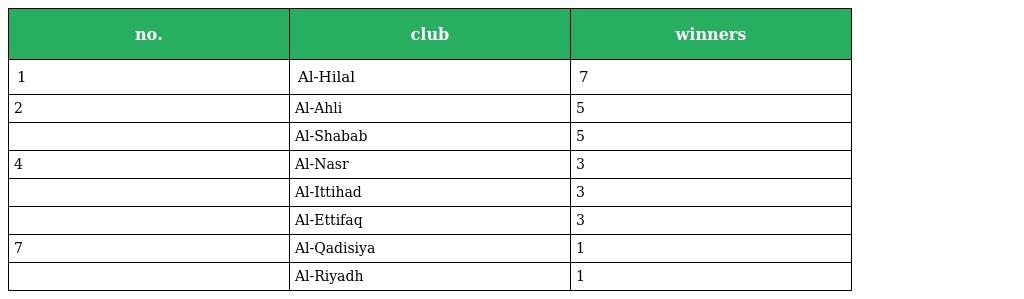
| no. | club | winners |
 | --- | --- | --- |
 | 1 | Al-Hilal | 7 |
 | 2 | Al-Ahli | 5 |
 |  | Al-Shabab | 5 |
 | 4 | Al-Nasr | 3 |
 |  | Al-Ittihad | 3 |
 |  | Al-Ettifaq | 3 |
 | 7 | Al-Qadisiya | 1 |
 |  | Al-Riyadh | 1 |